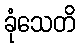
ခုံသေတိ